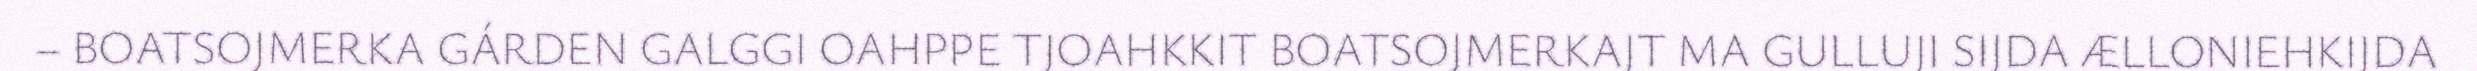
– BOATSOJMERKA GÁRDEN GALGGI OAHPPE TJOAHKKIT BOATSOJMERKAJT MA GULLUJI SIJDA ÆLLONIEHKIJDA